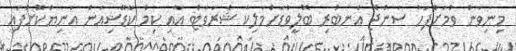
މިނިވަން ވުމަށްފަހު ސަންޖޭ އެނބުރި ބޮލީވުޑަށްމަލިކާ ޝެރަވަޓް އާއި ކިމް ކާޑޭޝިއަން އަނިޔާކޮށްފައި